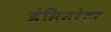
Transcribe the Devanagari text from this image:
इंसिनरेटर